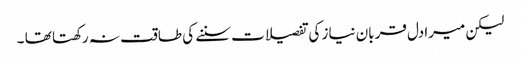
لیکن میرادل قربان نیاز کی تفصیلات سننے کی طاقت نہ رکھتا تھا ۔